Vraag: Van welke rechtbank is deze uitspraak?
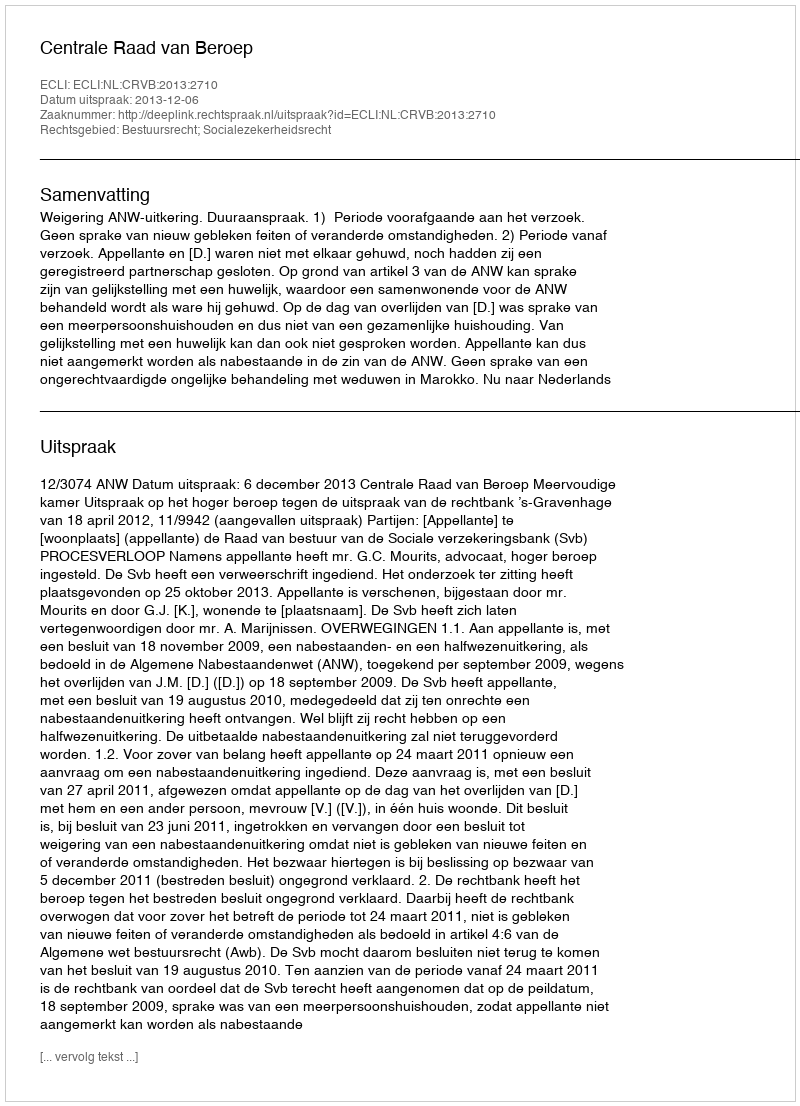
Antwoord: Centrale Raad van Beroep